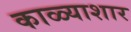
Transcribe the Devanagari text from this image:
काळ्याशार